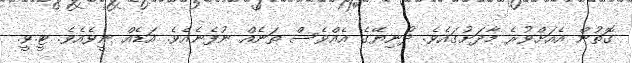
ގޮތުން އެއަށްވުރެ މާދަށުގައެވެ. ދުނިޔޭގެ އެއްވެސް ތަނެއް ނުފެނެއެވެ. އަޑެއް ނީވެއެވެ. ޓީ.ވީ.